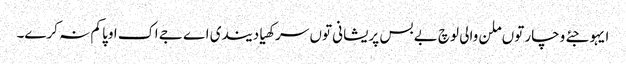
ایہو جئے وچار توں ملن والی لوچ بے بس پریشانی توں سرکھیا دیندی اے جے اک اوپا کم نہ کرے۔